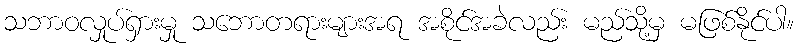
သဘာဝလှုပ်ရှားမှု သဘောတရားများအရ အစိုင်အခဲလည်း မည်သို့မှ မဖြစ်နိုင်ပါ။